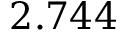
2 . 7 4 4